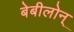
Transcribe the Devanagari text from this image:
बेबीलोन्